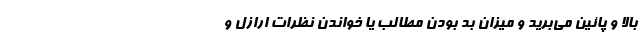
بالا و پائین می‌برید و میزان بد بودن مطالب یا خواندن نظرات ارازل و